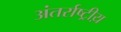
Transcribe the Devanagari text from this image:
अंतर्राष्ट्रीय़